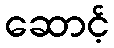
ဆောင့်